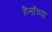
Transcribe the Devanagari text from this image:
हैनॉच्या